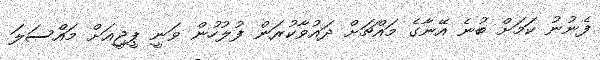
ފެނުނު ކަމަށް ބުނެ އޭނާގެ މައްޗަށް ދައުވާކުރަން ފުލުހުން ވަނީ ޕީޖީއަށް މައްސަލަ